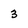
Character: 3